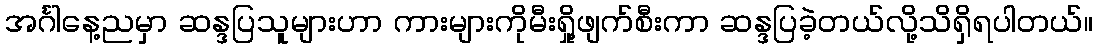
အင်္ဂါနေ့ညမှာ ဆန္ဒပြသူများဟာ ကားများကိုမီးရှို့ဖျက်စီးကာ ဆန္ဒပြခဲ့တယ်လို့သိရှိရပါတယ်။